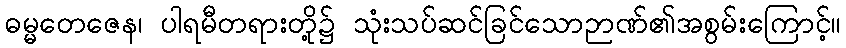
ဓမ္မတေဇေန၊ ပါရမီတရားတို့၌ သုံးသပ်ဆင်ခြင်သောဉာဏ်၏အစွမ်းကြောင့်။